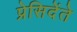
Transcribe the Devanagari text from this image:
प्रेसिदेंते